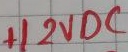
Text: +1 2VDC